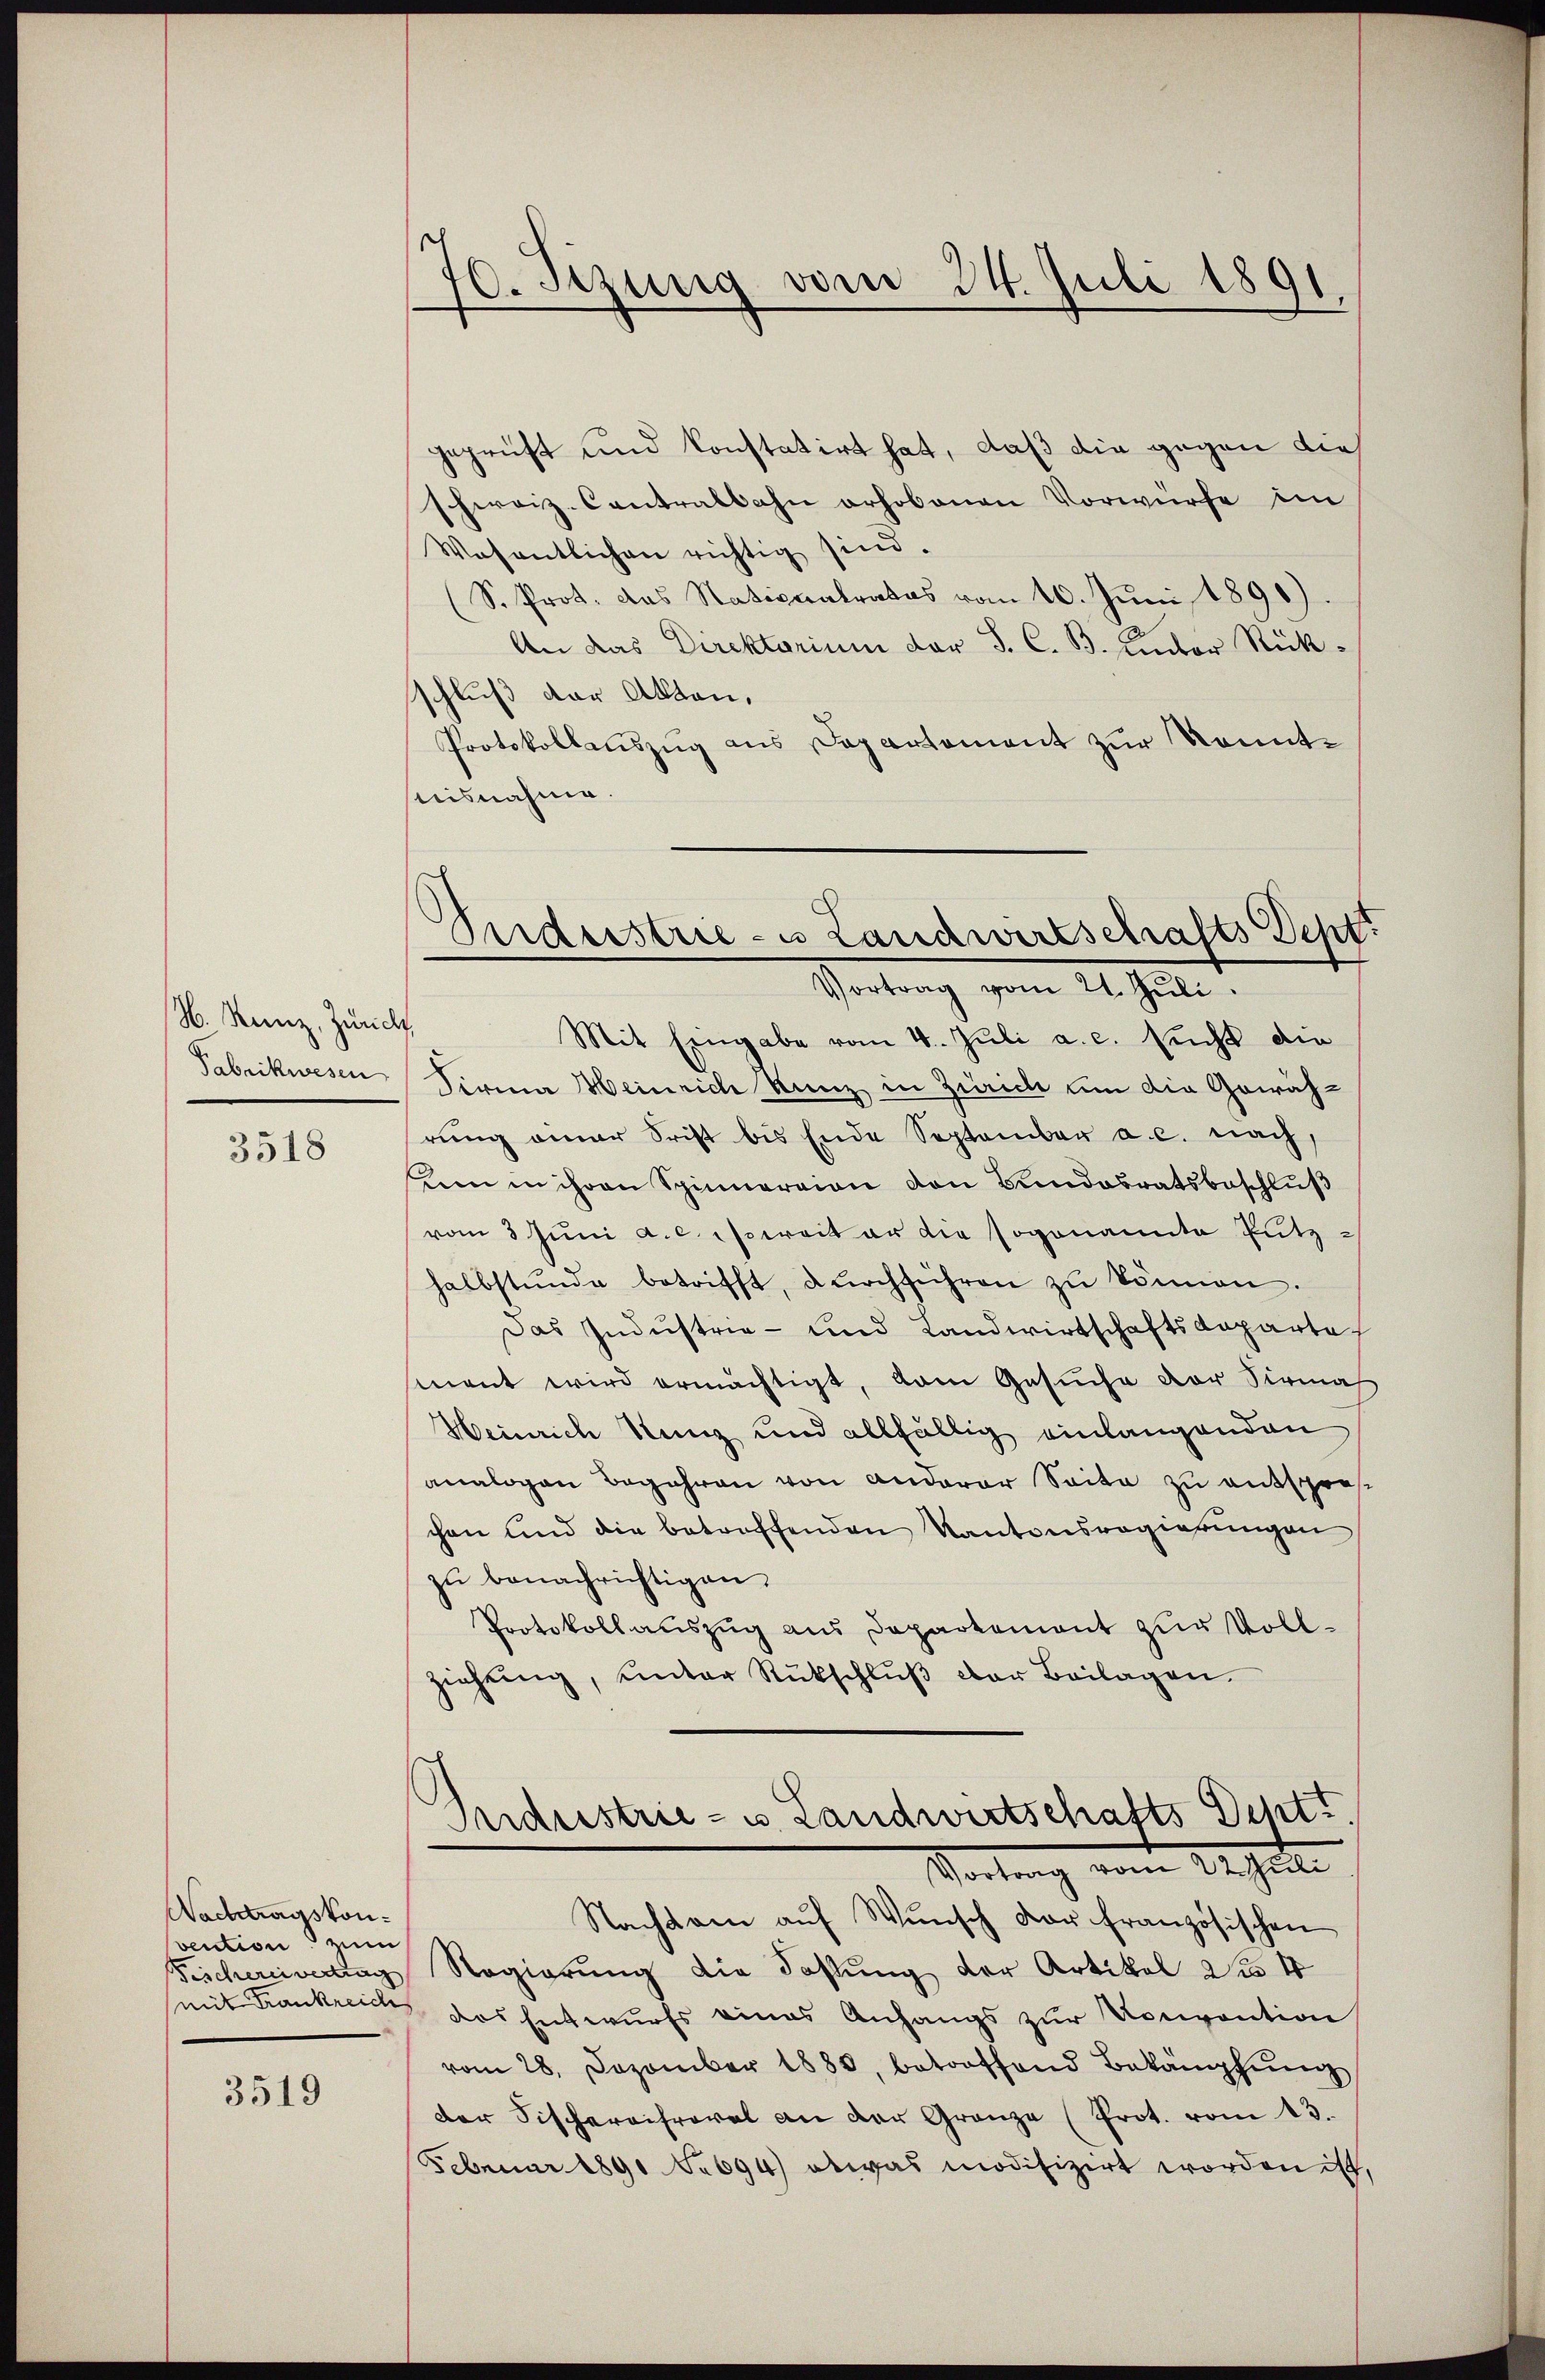
H. Kunz, Zürich

3518

Nachtragskonvention in
Fischerei vertrag

3519

70. Jezung vom 24. Juli 1891.

geprüft und konstatirt hat, daß die gegen dies
schweiz. Contralbahn erhobenen Vorwürfe im
Wosentlichen richtig sind.
S. Prot. das Nationalrates vom 10. Jŭni 1890).
An das Direktorium der J. C. B. Luder Rückschluß der Akten,
Protokollauszug aus Departement zur Kenntnisnahme.

Mit Eingabe vom 4. Juli a. c. sucht die
Fabrikwesen Firma Heinrich kanz in Zürich um die Gewährung einer Frist bis Ende September a. c. nach,
ben in ihren Spinnereien von Bundesratsbeschluß
vom 3 Juni a.c. es weit er die sogenannte Putzhalbstünde betrifft, dŭrchführen zŭ können.
Das Industrie- und Landwirtschaftsdeparte
sment wird ermächtigt, vom Gesuche der Sirnah
Heinrich Kunz und allfällig einlangenden
analogen Begehren von anderer Seite zu entsprechen und die betroffenden Kantonsregierungen
zŭ benachrichtigen.
Protokollauszug aus Departement zur Vollziehŭng ŭnter Rückschlŭβ der Beilagen.

Dirdeestrie - es Landwirtschafts Dept.
Vortrag vom 21. Jŭli

Nachsam aŭf Wŭnsch der französischen
Regierung die Fassung der Artikel Nr 4
mit Frankreich das Entwurfs eines Anhangs zur Konvention
vom 28. Dezember 1880, betroffend Bekämpfŭng
der Fischereifrevel an der Granze (Prot. vom 13.
Februar 1891 No 694 etwas modifizirt worden ist,

Industrie- u. Landwirtschafts Dept.
Vortrag vom 22. Juli